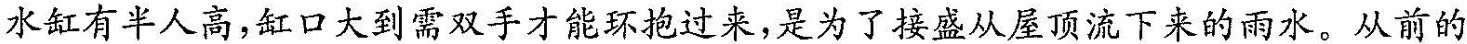
水缸有半人高，缸口大到需双手才能环抱过来，是为了接盛从屋顶留下来的雨水。从前的